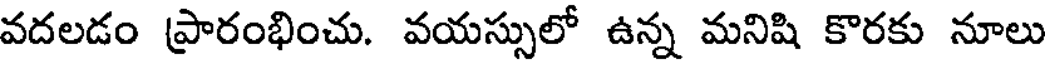
వదలడం ప్రారంభించు. వయస్సులో ఉన్న మనిషి కొరకు నూలు